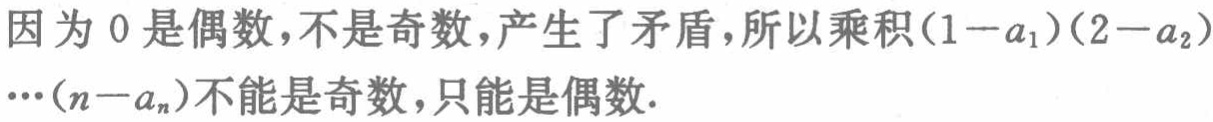
因为 \(0\) 是偶数，不是奇数，产生了矛盾，所以乘积\((1 - a_{1})(2 - a_{2})\cdots(n - a_{n})\)不能是奇数，只能是偶数.